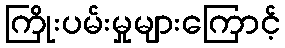
ကြိုးပမ်းမှုများကြောင့်